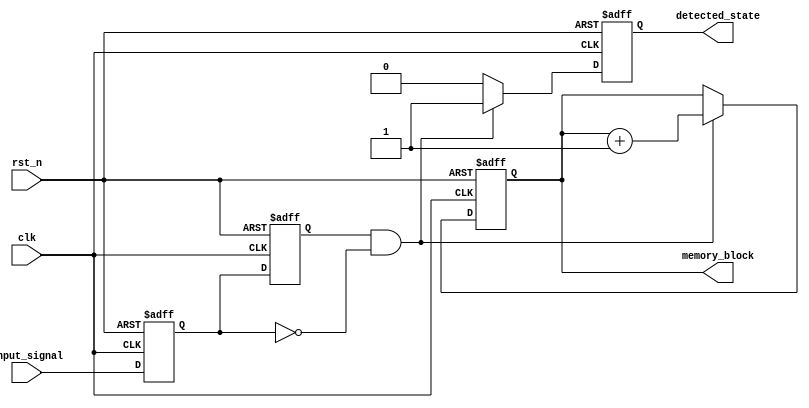
module dual_ff_detector (
    input wire clk,                // Clock signal
    input wire rst_n,              // Active-low reset signal
    input wire input_signal,       // Primary input signal to monitor
    output reg detected_state,      // Output signal indicating detection of pattern
    output reg [7:0] memory_block   // Memory block for storing detected patterns
);

// Internal signals
reg ff1, ff2;                     // Outputs of the two flip-flops

// Dual Flip-Flops for synchronization
always @(posedge clk or negedge rst_n) begin
    if (!rst_n) begin
        ff1 <= 1'b0;               // Reset first flip-flop
        ff2 <= 1'b0;               // Reset second flip-flop
    end else begin
        ff1 <= input_signal;       // Sample input signal in first FF
        ff2 <= ff1;                // Pass through to second FF
    end
end

// Control Logic to detect patterns
always @(posedge clk or negedge rst_n) begin
    if (!rst_n) begin
        detected_state <= 1'b0;        // Reset detected state
        memory_block <= 8'b0;          // Reset memory block
    end else begin
        // Example: Detect rising edge from ff1 to ff2
        if (ff2 && !ff1) begin
            detected_state <= 1'b1; // Rising edge detected
            memory_block <= memory_block + 1; // Store the state in memory
        end else begin
            detected_state <= 1'b0; // No detection
        end
    end
end

endmodule